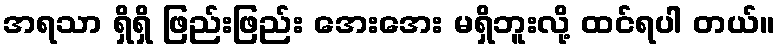
အရသာ ရှိရှိ ဖြည်းဖြည်း အေးအေး မရှိဘူးလို့ ထင်ရပါ တယ်။